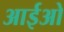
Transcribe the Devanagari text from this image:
आईओ